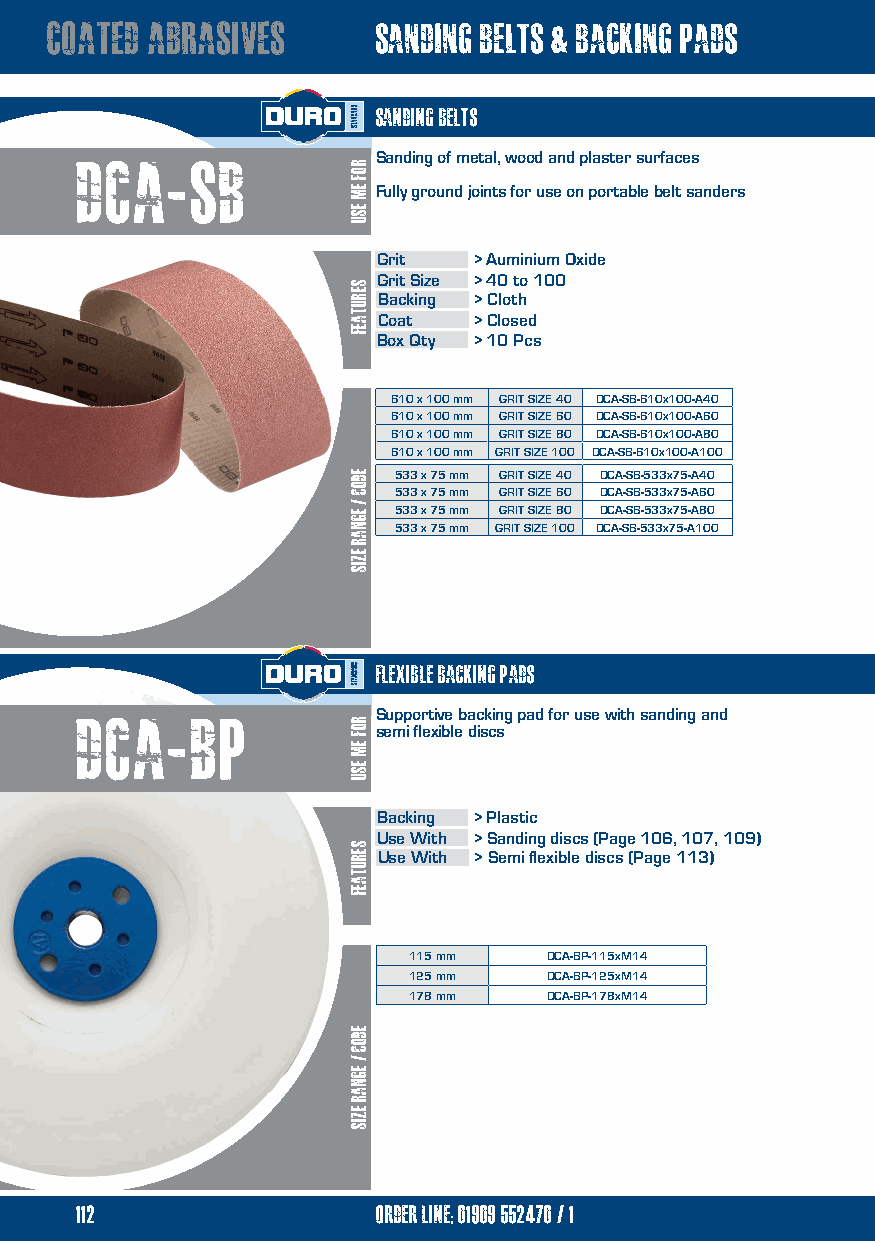
coated abrasives      sanding belts & backing pads
 sanding belts
 dca-sb              Sanding of metal, wood and plaster surfaces
 Fully ground joints for use on portable belt sanders
 Grit  > Auminium Oxide
 Grit Size > 40 to 100
 Backing > Cloth
 Coat  > Closed
 Box Qty > 10 Pcs
 610 x 100 mm GRIT SIZE 40 DCA-SB-610x100-A40
 610 x 100 mm GRIT SIZE 60 DCA-SB-610x100-A60
 610 x 100 mm GRIT SIZE 80 DCA-SB-610x100-A80
 610 x 100 mm GRIT SIZE 100 DCA-SB-610x100-A100
 533 x 75 mm GRIT SIZE 40 DCA-SB-533x75-A40
 533 x 75 mm GRIT SIZE 60 DCA-SB-533x75-A60
 533 x 75 mm GRIT SIZE 80 DCA-SB-533x75-A80
 533 x 75 mm GRIT SIZE 100 DCA-SB-533x75-A100
 flexible backing pads
 Dca-bp              Supportive backing pad for use with sanding and
 semi flexible discs
 Backing > Plastic
 Use With > Sanding discs (Page 106, 107, 109)
 Use With > Semi flexible discs (Page 113)
 115 mm   DCA-BP-115xM14
 125 mm   DCA-BP-125xM14
 178 mm   DCA-BP-178xM14
 112                 order line; 01909 552470/1
 ROF
 EM
 ESU
 serutaef
 eDOC
 / egnar
 ezis
 ROF
 EM
 ESU
 serutaef
 EDOC
 /
 Egnar
 ezis